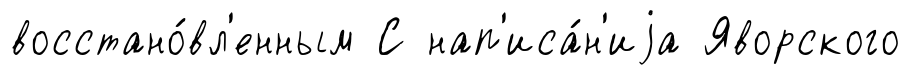
восстано́вл'енным С нап'иса́н'иjа Яворского